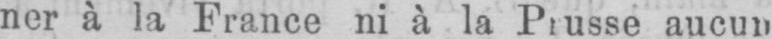
aucun